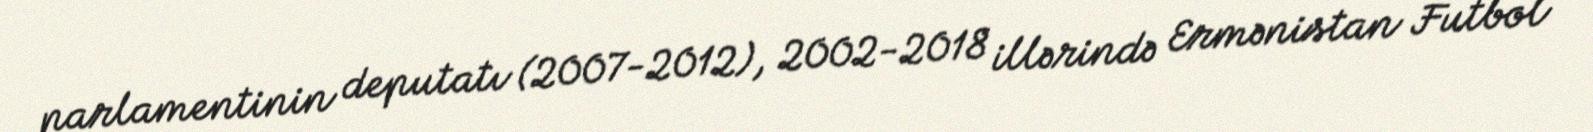
parlamentinin deputatı (2007-2012), 2002-2018 illərində Ermənistan Futbol